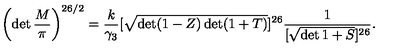
\left( \det \frac { M } { \pi } \right) ^ { 2 6 / 2 } = \frac { k } { \gamma _ { 3 } } [ \sqrt { \det ( 1 - Z ) \det ( 1 + T ) } ] ^ { 2 6 } \frac { 1 } { [ \sqrt { \det 1 + S } ] ^ { 2 6 } } .